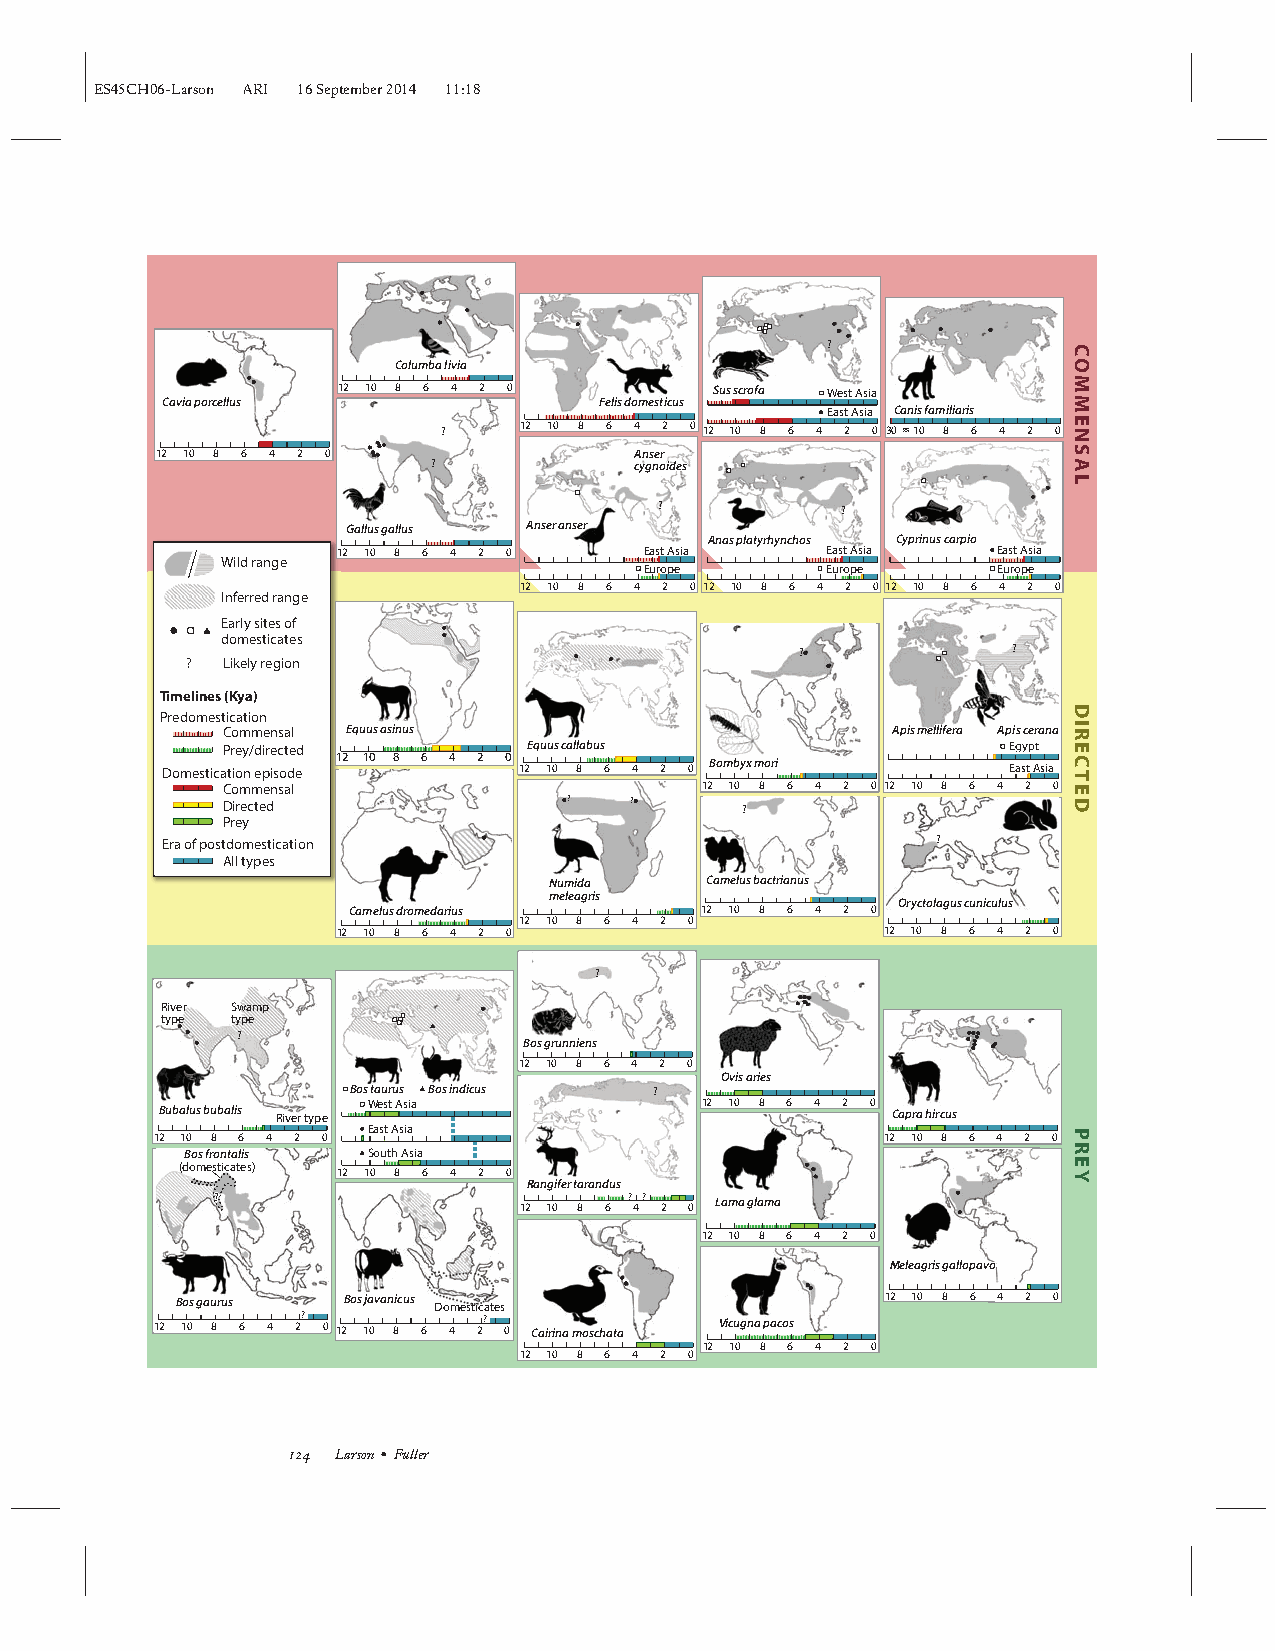
ES45CH06-Larson ARI 16September2014 11:18
 ?
 Columba livia
 12 10 8 6 4 2 0          Sus scrofa West Asia
 Cavia porcellus              Felis domesticus
 East Asia Canis familiaris
 ?    12 10 8 6 4 2 0 12 10 8 6 4 2 0 30 10 8 6 4 2 0
 12 10 8 6 4 2 0                 AAnnsseerr
 ?            ccyyggnnooiiddeess
 ?           ?
 Gallus gallus Anser anser
 Anas platyrhynchos Cyprinus carpio
 12 10 8 6 4 2 0      East Asia   East Asia  East Asia
 Wild range
 Europe      Europe     Europe
 12 10 8 6 4 2 0 12 10 8 6 4 2 0 12 10 8 6 4 2 0
 Inferred range
 Early sites of
 domesticates
 ?             ?
 ?  Likely region
 Timelines (Kya)
 Predomestication
 Commensal Equus asinus                      AAppiiss mmeelllliiffeerraa Apis cerana
 Prey/directed       Equus callabus                  Egypt
 Domestication episode 12 10 8 6 4 2 0 12 10 8 6 4 2 0 Bombyx mori East Asia
 Commensal                      12 10 8 6 4 2 0 12 10 8 6 4 2 0
 Directed               ?   ?      ?
 Prey
 Era of postdomestication                           ?
 All types
 Numida     Camelus bactrianus
 meleagris
 Oryctolagus cuniculus
 Camelus dromedarius    12 10 8 6 4 2 0
 12 10 8 6 4 2 0
 12 10 8 6 4 2 0                      12 10 8 6 4 2 0
 ?
 River Swamp
 type type
 ?
 Bos grunniens
 12 10 8 6 4 2 0
 Ovis aries
 Bos taurus Bos indicus ?
 Bubalus bubalis River type West Asia 12 10 8 6 4 2 0 Capra hircus
 East Asia 12 10 8 6 4 2 0          12 10 8 6 4 2 0
 Bos frontalis South Asia
 (domesticates) 12 10 8 6 4 2 0
 Rangifer tarandus
 ??                  12 10 8 6 ? 4? 2 0 Lama glama
 12 10 8 6 4 2 0
 MMeelleeaaggrriiss ggaallllooppaavvoo
 Bos gaurus Bos javanicus Domesticates          12 10 8 6 4 2 0
 12 10 8 6 4 2? 0 12 10 8 6 4 2? 0 Cairina moschata Vicugna pacos
 12 10 8 6 4 2 0
 12 10 8 6 4 2 0
 ·
 124 Larson Fuller
 COMMENSAL
 DIRECTED
 PREY